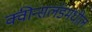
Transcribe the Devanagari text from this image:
क्वीन्सलंडमधील